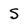
Character: S